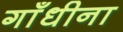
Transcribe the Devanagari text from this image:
गाँधीना